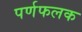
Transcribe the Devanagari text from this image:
पर्णफलक